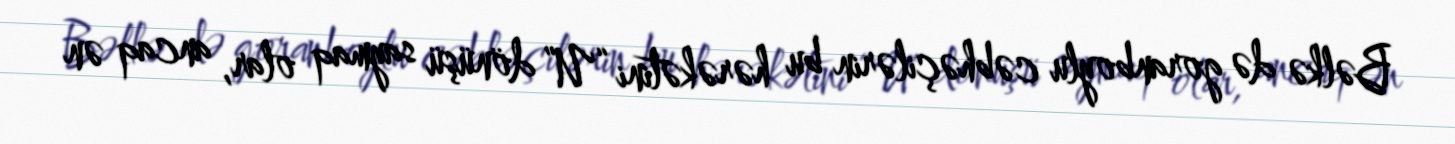
Bəlkə də goranboylu cəbhəçilərin bu hərəkətini “U” dönüşü saymaq olar, ancaq ən